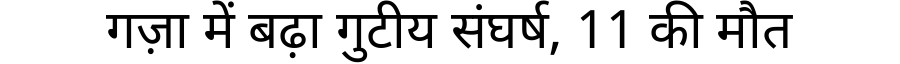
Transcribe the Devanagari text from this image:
गज़ा में बढ़ा गुटीय संघर्ष, 11 की मौत